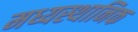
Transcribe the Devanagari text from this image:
मध्यस्थानिक